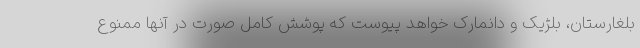
بلغارستان، بلژیک و دانمارک خواهد پیوست که پوشش کامل صورت در آنها ممنوع